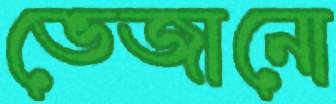
ভেজানো